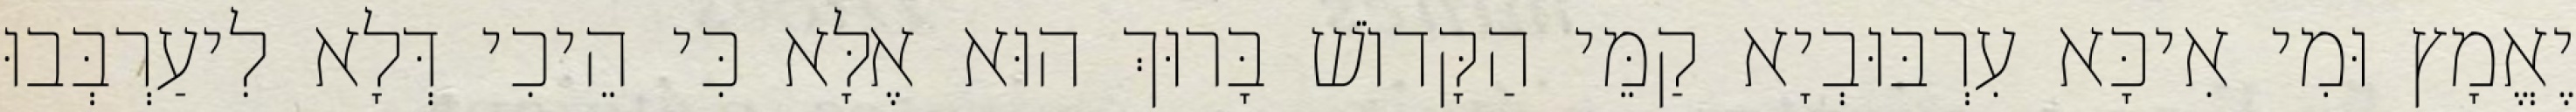
יֶאֱמָץ וּמִי אִיכָּא עִרְבּוּבְיָא קַמֵּי הַקָּדוֹשׁ בָּרוּךְ הוּא אֶלָּא כִּי הֵיכִי דְּלָא לִיעַרְבְּבוּ